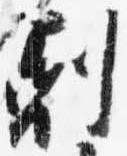
剋